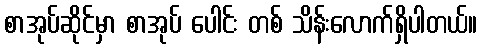
စာအုပ်ဆိုင်မှာ စာအုပ် ပေါင်း တစ် သိန်းလောက်ရှိပါတယ်။